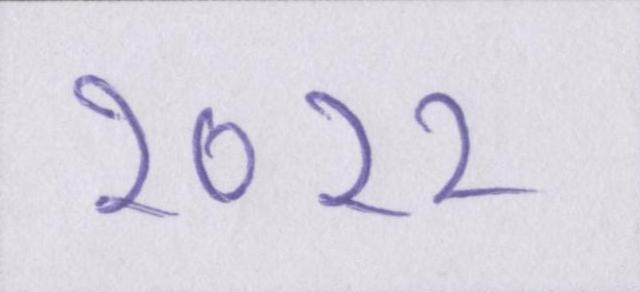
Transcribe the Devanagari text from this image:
२०११